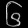
Digit: ၆